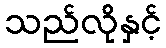
သည်လိုနှင့်